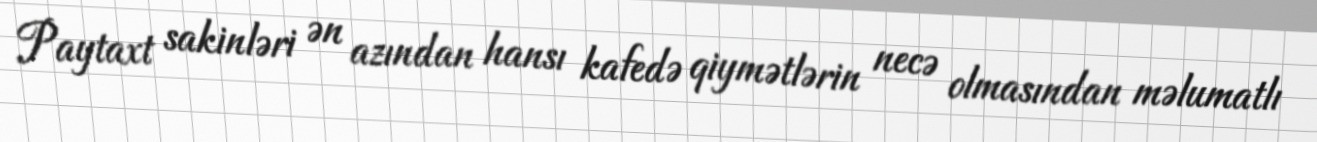
Paytaxt sakinləri ən azından hansı kafedə qiymətlərin necə olmasından məlumatlı